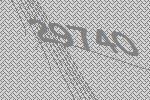
29740